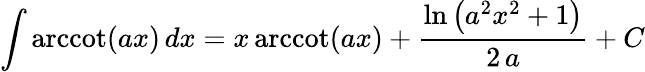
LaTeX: \int\operatorname{arccot}(ax)\, dx=x\operatorname{arccot}(ax)+{\frac{\ln\left(a^{2}x^{2}+1\right)}{2\, a}}+C